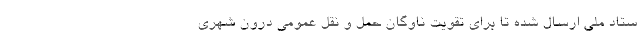
ستاد ملی ارسال شده تا برای تقویت ناوگان حمل و نقل عمومی درون شهری